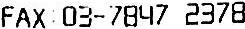
FAX : 03-7847 2378